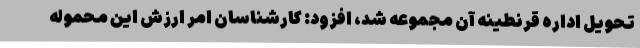
تحویل اداره قرنطینه آن مجموعه شد، افزود: کارشناسان امر ارزش این محموله